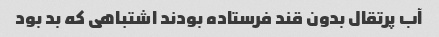
آب پرتقال بدون قند فرستاده بودند اشتباهی که بد بود